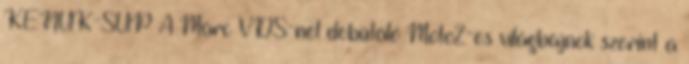
KENUK-SUP A Marc VDS-nél debütáló Moto2-es világbajnok szerint a